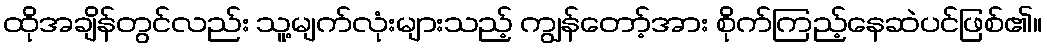
ထိုအချိန်တွင်လည်း သူ့မျက်လုံးများသည့် ကျွန်တော့်အား စိုက်ကြည့်နေဆဲပင်ဖြစ်၏။